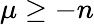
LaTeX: \mu\geq-n